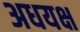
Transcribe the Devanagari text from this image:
अधयक्ष